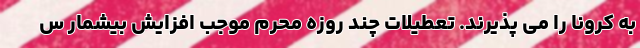
به کرونا را می پذیرند. تعطیلات چند روزه محرم موجب افزایش بیشمار س